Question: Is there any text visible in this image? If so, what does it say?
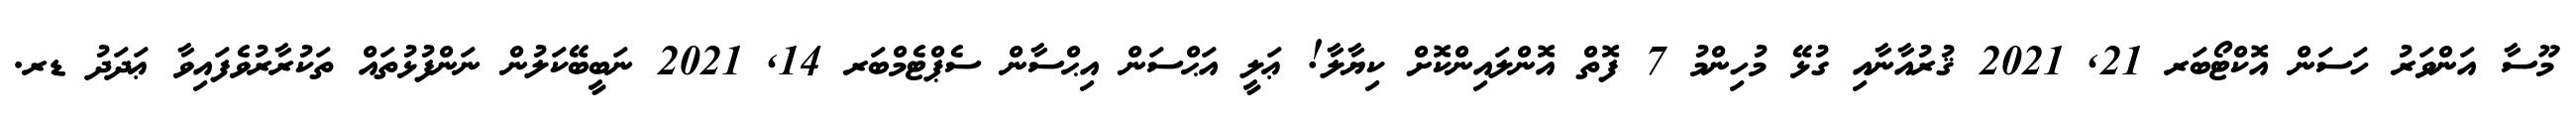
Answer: މޫސާ އަންވަރު ހަސަން އޮކްޓޯބަރ 21, 2021 ޤުރުއާނާއި ގުޅޭ މުހިންމު 7 ފޮތް އޮންލައިންކޮށް ކިޔާލާ! ޢަލީ އަޙްސަން އިޙްސާން ސެޕްޓެމްބަރ 14, 2021 ނަބީބޭކަލުން ނަންފުޅުތައް ތަކުރާރުވެފައިވާ ޢަދަދު ޑރ.